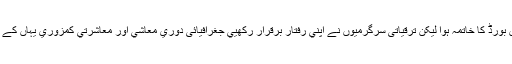
اگرچہ بعد میں بورڈ کا خاتمہ ہوا لیکن ترقیاتی سرگرمیوں نے اپني رفتار برقرار رکھيي جغرافیائی دوري معاشي اور معاشرتي کمزوري یہاں کے اہم مسائل ہیں۔